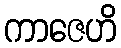
ကာဇေဟိ